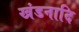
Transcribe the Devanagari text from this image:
खंडनादि